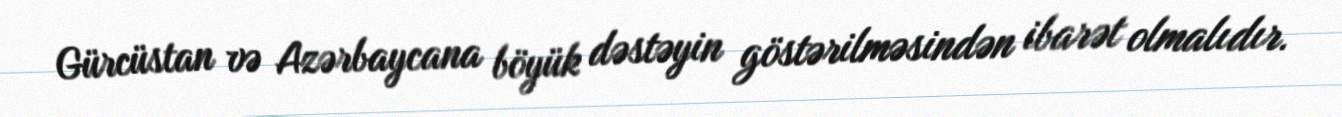
Gürcüstan və Azərbaycana böyük dəstəyin göstərilməsindən ibarət olmalıdır.